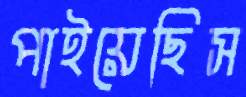
পাইয়েছিস